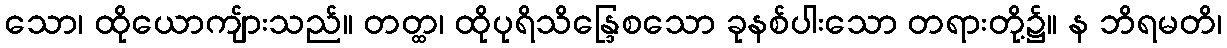
သော၊ ထိုယောကျ်ားသည်။ တတ္ထ၊ ထိုပုရိသိန္ဒြေစသော ခုနစ်ပါးသော တရားတို့၌။ န ဘိရမတိ၊